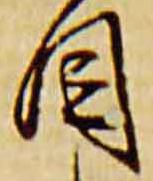
目